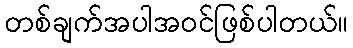
တစ်ချက်အပါအဝင်ဖြစ်ပါတယ်။